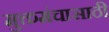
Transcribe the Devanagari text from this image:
मुक्तमंचासाठी